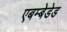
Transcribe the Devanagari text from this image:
एबम्बेडेड